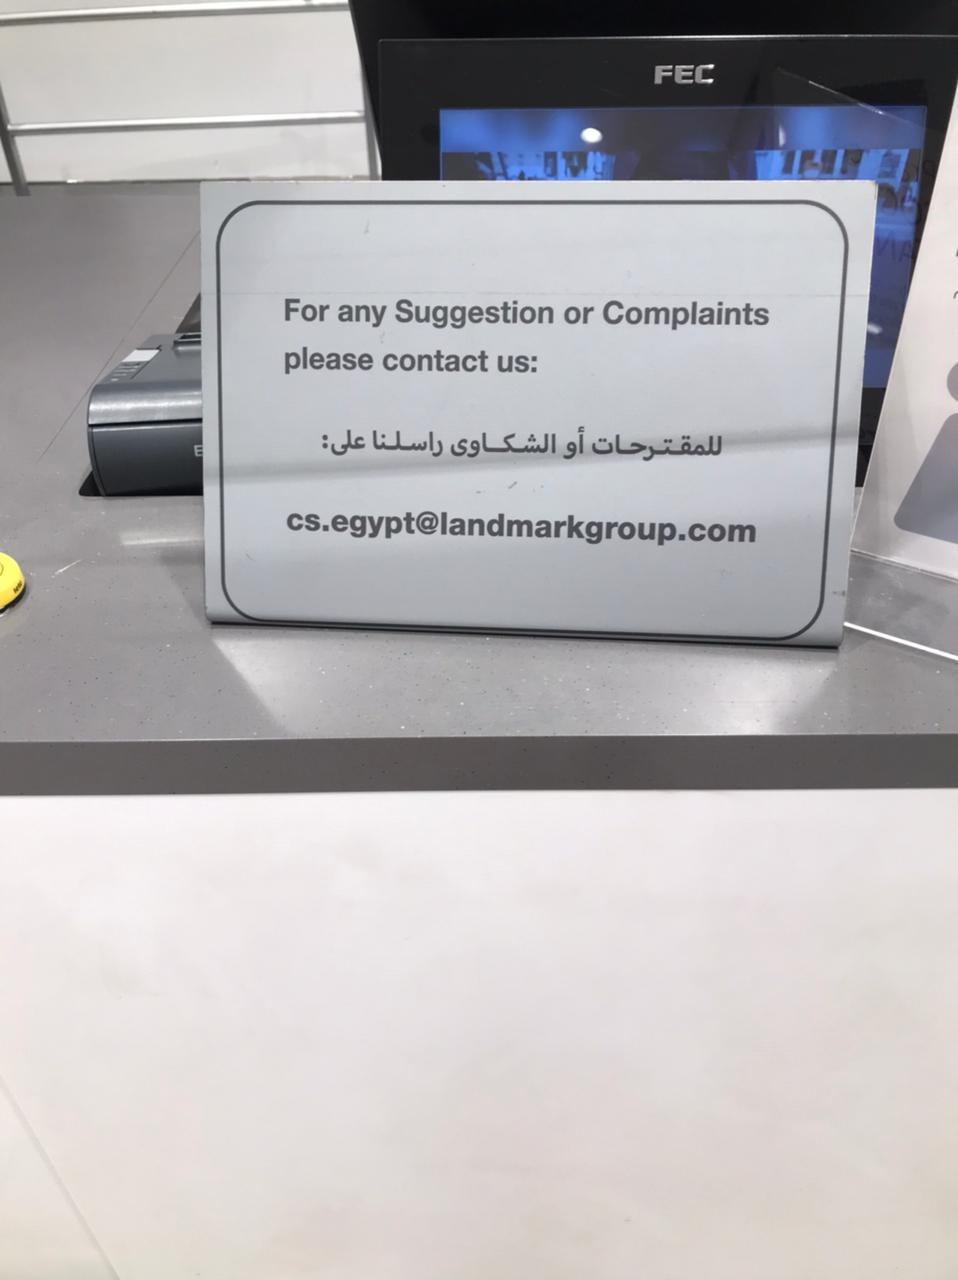
Text in image: الشكاوي راسلنا على: أو للمقترحات FEC For or Suggestion Complaints any contact please us cs.egypt@landmarkgroup.com